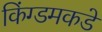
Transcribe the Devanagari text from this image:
किंग्डमकडे